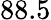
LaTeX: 88.5